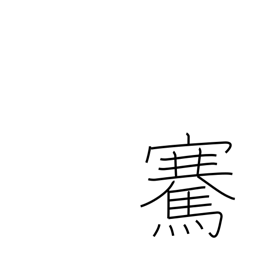
Meaning: lift up